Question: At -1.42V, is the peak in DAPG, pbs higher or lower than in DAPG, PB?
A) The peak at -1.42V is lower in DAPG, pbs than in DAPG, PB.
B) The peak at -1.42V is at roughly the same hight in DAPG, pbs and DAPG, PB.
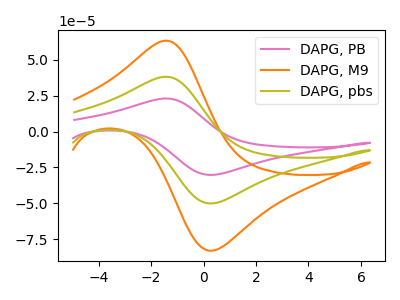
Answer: <think>The pink curve "DAPG, PB" has an anodic peak at (-1.40V, 76.35uA) and a cathodic peak at (0.35V, -100.00uA). The orange curve "DAPG, M9" has an anodic peak at (-1.40V, 63.30uA) and a cathodic peak at (0.35V, -82.90uA). The olive curve "DAPG, pbs" has an anodic peak at (-1.40V, 38.20uA) and a cathodic peak at (0.35V, -50.00uA).</think>
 <answer>A) The peak at -1.42V is lower in "DAPG, pbs" than in "DAPG, PB".</answer>
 <eval>A</eval>